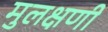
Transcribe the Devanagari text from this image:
मुलक्षणी